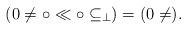
LaTeX: \begin{align*}(0\neq\circ\ll\circ\subseteq_\perp)=(0\neq).\end{align*}